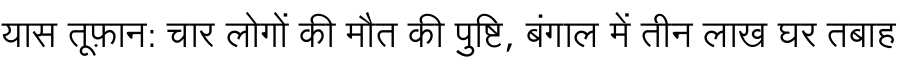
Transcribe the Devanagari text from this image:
यास तूफ़ान: चार लोगों की मौत की पुष्टि, बंगाल में तीन लाख घर तबाह